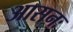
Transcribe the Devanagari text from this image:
आसनः